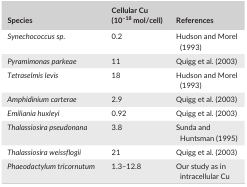
<table><thead><tr><td><b>Species</b></td><td><b>Cellular Cu (10<sup>−18</sup> mol/cell)</b></td><td><b>References</b></td></tr></thead><tbody><tr><td><i>Synechococcus sp</i>.</td><td>0.2</td><td>Hudson and Morel (1993)</td></tr><tr><td><i>Pyramimonas parkeae</i></td><td>11</td><td>Quigg et al. (2003)</td></tr><tr><td><i>Tetraselmis levis</i></td><td>18</td><td>Hudson and Morel (1993)</td></tr><tr><td><i>Amphidinium carterae</i></td><td>2.9</td><td>Quigg et al. (2003)</td></tr><tr><td><i>Emiliania huxleyi</i></td><td>0.92</td><td>Quigg et al. (2003)</td></tr><tr><td><i>Thalassiosira pseudonana</i></td><td>3.8</td><td>Sunda and Huntsman (1995)</td></tr><tr><td><i>Thalassiosira weissflogii</i></td><td>21</td><td>Quigg et al. (2003)</td></tr><tr><td><i>Phaeodactylum tricornutum</i></td><td>1.3–12.8</td><td>Our study as in intracellular Cu</td></tr></tbody></table>